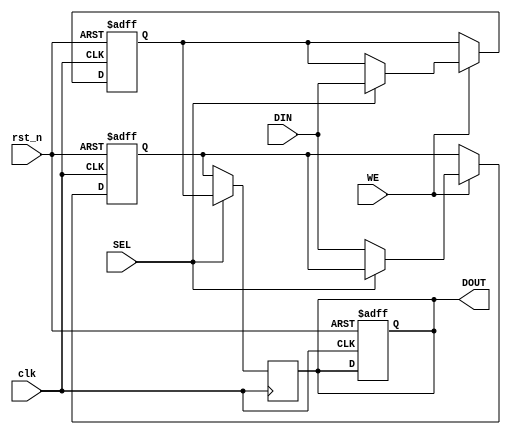
module DoubleBufferRegister #(
    parameter DATA_WIDTH = 8  // Define the width of the data
)(
    input wire clk,            // Clock signal
    input wire rst_n,         // Active low reset signal
    input wire WE,            // Write Enable
    input wire SEL,           // Select signal to choose active buffer
    input wire [DATA_WIDTH-1:0] DIN, // Data input
    output reg [DATA_WIDTH-1:0] DOUT  // Data output
);

    // Buffer registers
    reg [DATA_WIDTH-1:0] bufferA;
    reg [DATA_WIDTH-1:0] bufferB;

    // Synchronous write operation
    always @(posedge clk or negedge rst_n) begin
        if (!rst_n) begin
            // Reset both buffers on active low reset
            bufferA <= {DATA_WIDTH{1'b0}};
            bufferB <= {DATA_WIDTH{1'b0}};
            DOUT <= {DATA_WIDTH{1'b0}};
        end else if (WE) begin
            // Write data to the selected buffer
            if (SEL) begin
                bufferA <= DIN;   // Write to Buffer A
            end else begin
                bufferB <= DIN;   // Write to Buffer B
            end
        end
    end

    // Synchronous read operation
    always @(posedge clk) begin
        if (SEL) begin
            DOUT <= bufferA; // Output from Buffer A
        end else begin
            DOUT <= bufferB; // Output from Buffer B
        end
    end

endmodule